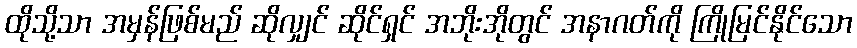
ထိုသို့သာ အမှန်ဖြစ်မည် ဆိုလျှင် ဆိုင်ရှင် အဘိုးအိုတွင် အနာဂတ်ကို ကြိုမြင်နိုင်သော